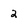
Character: 2